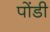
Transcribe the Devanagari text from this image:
पोंडी